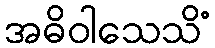
အဓိဝါသေသိံ